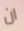
ان